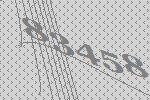
83458